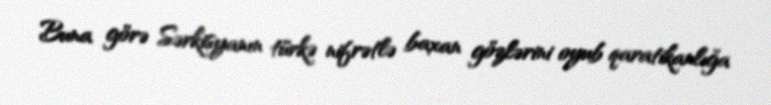
Buna görə Sərkisyanın türkə nifrətlə baxan gözlərini oyub qaratikanlığa